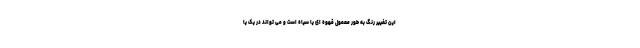
این تغییر رنگ به طور معمول قهوه ای یا سیاه است و می تواند در یک یا